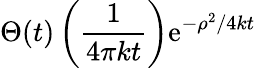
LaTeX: \Theta(t)\left({\frac{1}{4\pi kt}}\right)\mathrm{e}^{-\rho^{2}/4kt}